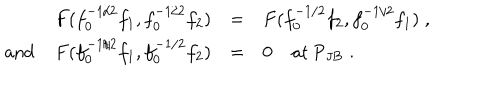
\begin{array} { r l l } { { F ( f _ { 0 } ^ { - 1 / 2 } f _ { 1 } , f _ { 0 } ^ { - 1 / 2 } f _ { 2 } ) } } & { { = } } & { { F ( f _ { 0 } ^ { - 1 / 2 } f _ { 2 } , f _ { 0 } ^ { - 1 / 2 } f _ { 1 } ) \; , } } \\ { { \mathrm { ~ a n d ~ } F ( f _ { 0 } ^ { - 1 / 2 } f _ { 1 } , f _ { 0 } ^ { - 1 / 2 } f _ { 2 } ) } } & { { = } } & { { 0 \mathrm { ~ a t ~ } \mathrm { P } _ { \mathrm { J B } } \; . } } \\ \end{array}